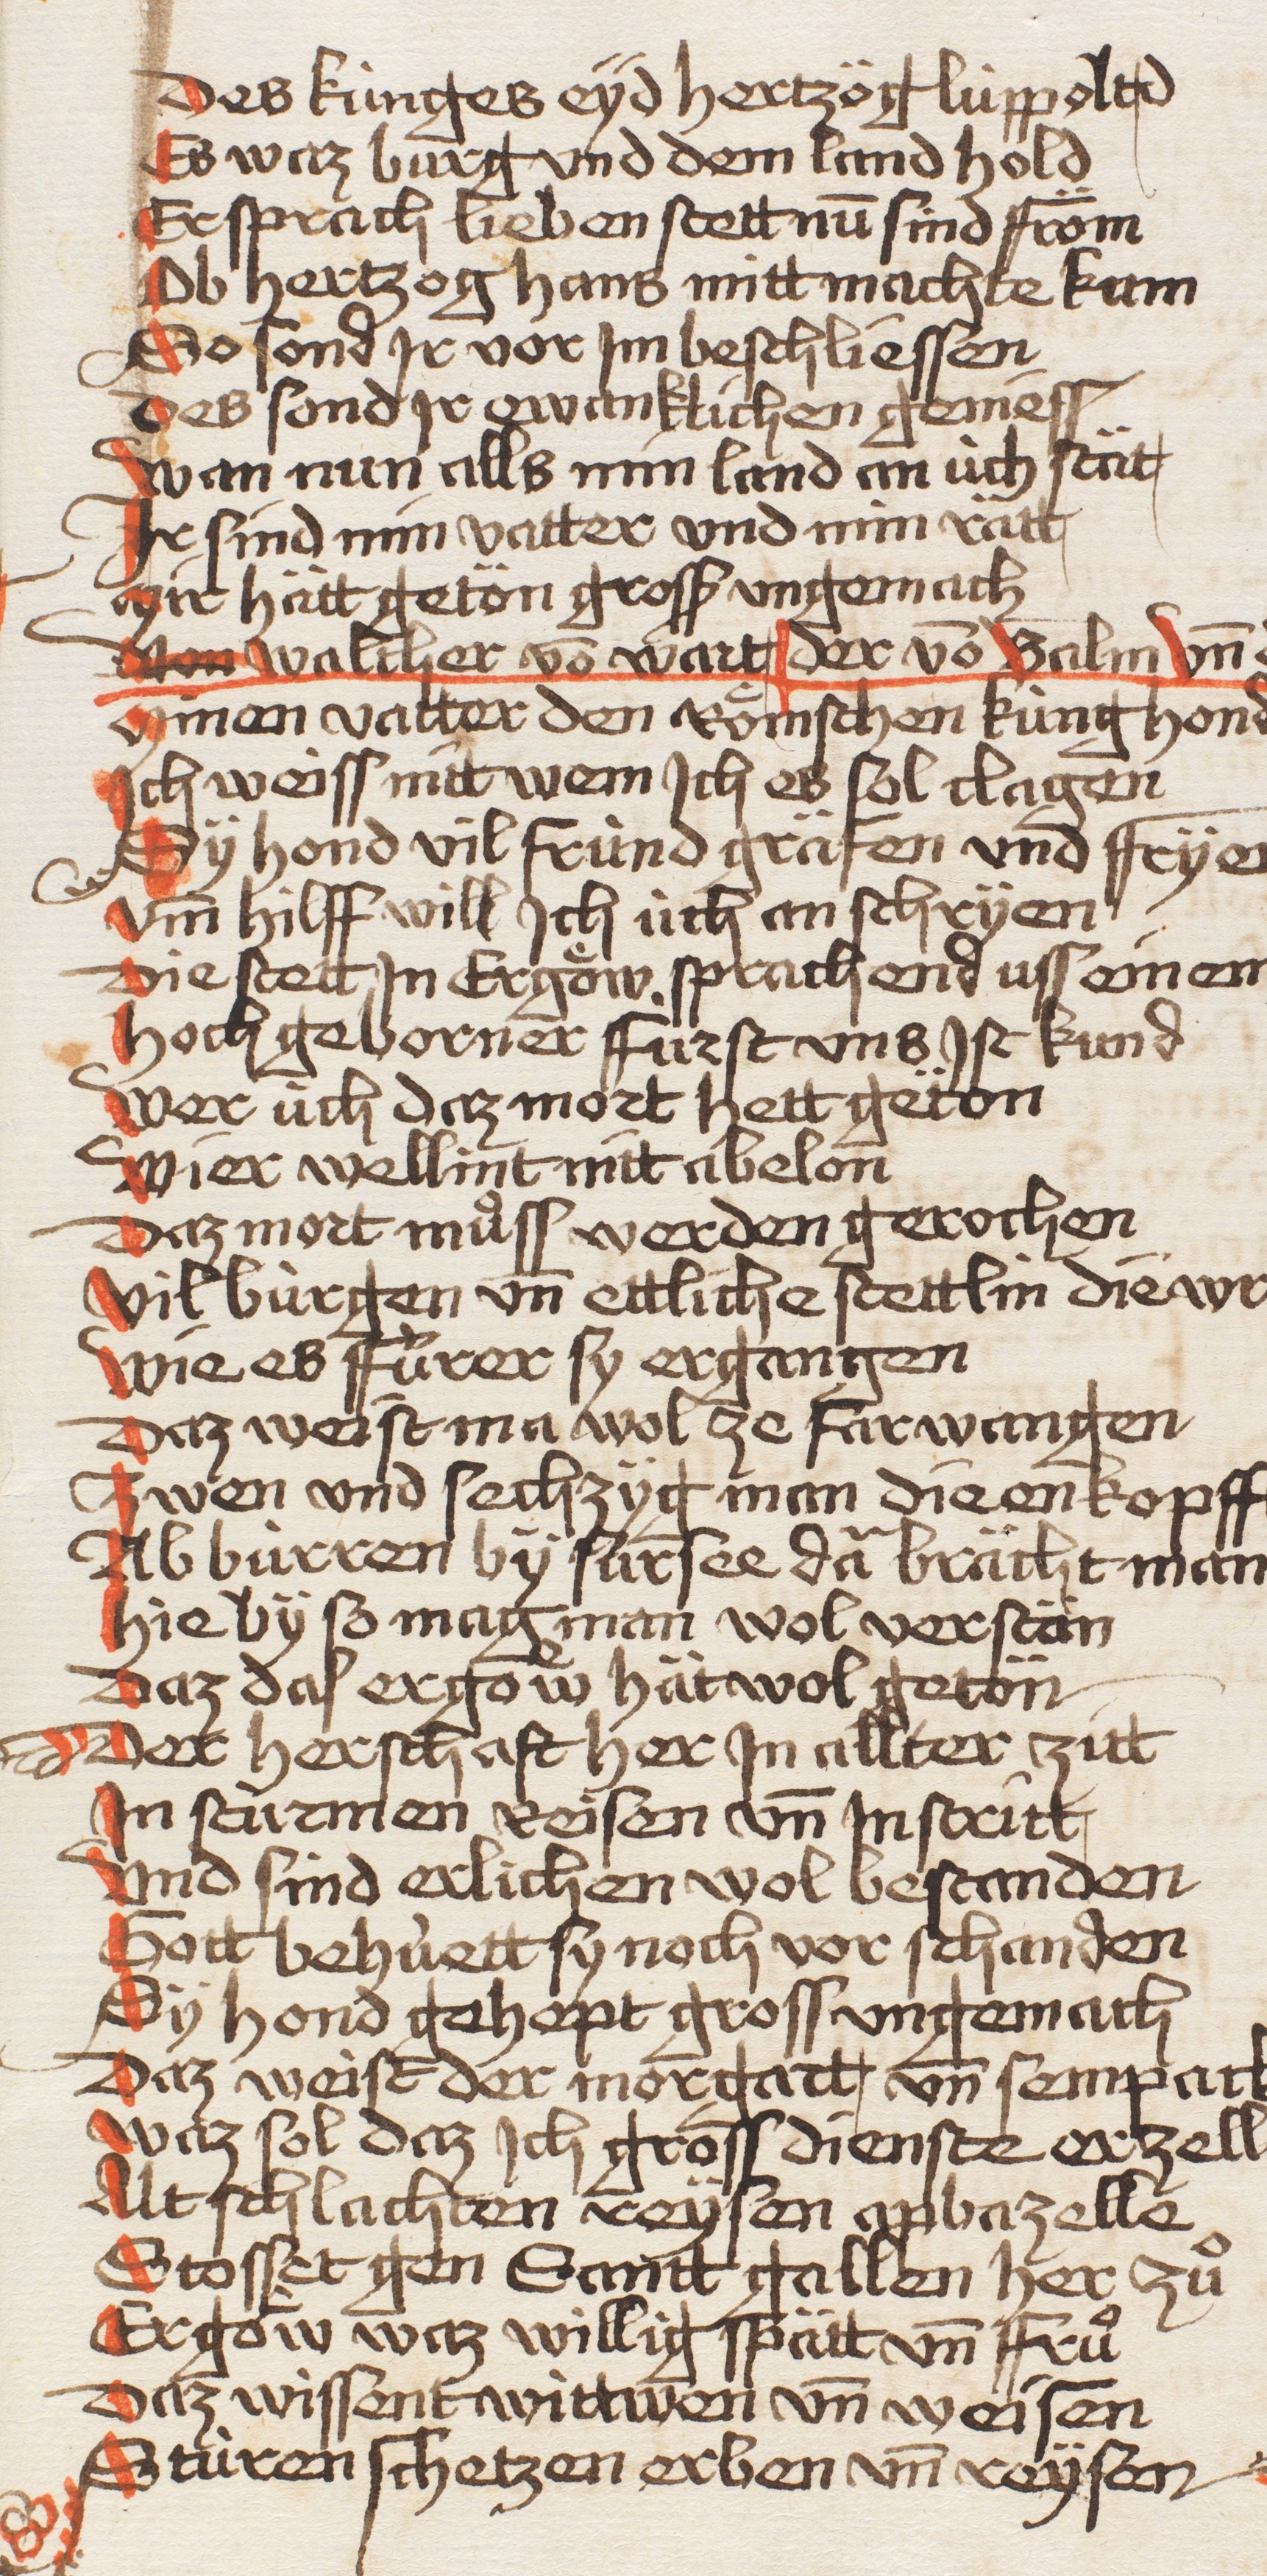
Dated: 1479–1480